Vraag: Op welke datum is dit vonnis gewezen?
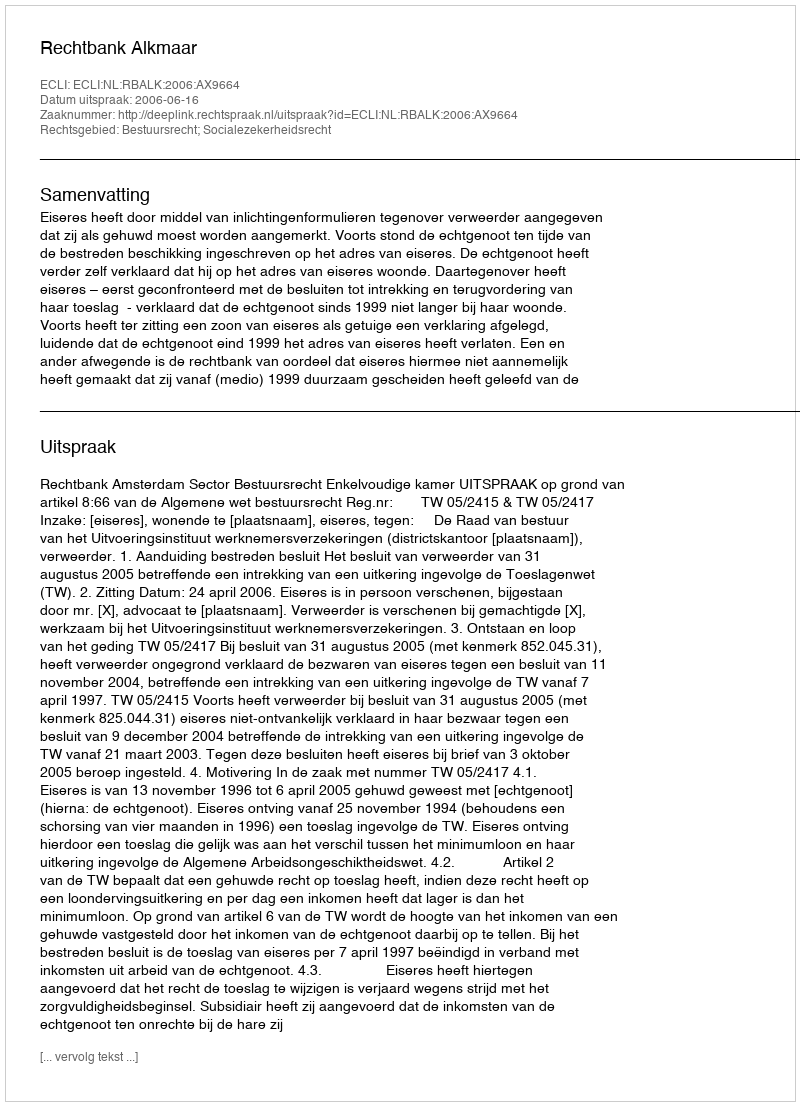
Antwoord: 2006-06-16